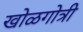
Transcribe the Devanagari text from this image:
खोळगोत्री